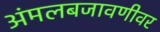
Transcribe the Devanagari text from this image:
अंमलबजावणीवर